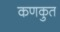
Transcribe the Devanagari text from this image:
कणकुत